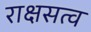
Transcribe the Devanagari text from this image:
राक्षसत्व